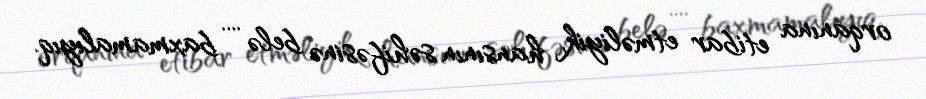
orqanına etibar etməliyik, hansının səhifəsinə belə .... baxmamalıyıq.